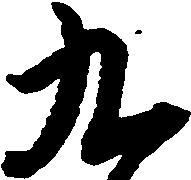
九